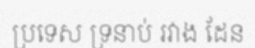
ប្រទេស ទ្រនាប់ រវាង ដែន